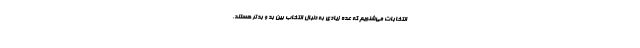
انتخابات می‌شنویم که عده زیادی به دنبال انتخاب بین بد و بدتر هستند،